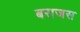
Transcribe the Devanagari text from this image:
बराजस